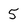
Character: 5